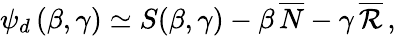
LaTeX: \psi_{d}\, (\beta,\gamma)\simeq S(\beta,\gamma)-\beta\, \overline{{N}}-\gamma\, \overline{{{\cal R}}}\, ,